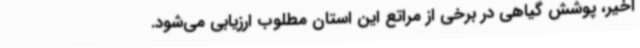
اخیر، پوشش گیاهی در برخی از مراتع این استان مطلوب ارزیابی می‌شود.